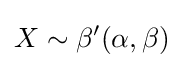
X\sim \beta '(\alpha ,\beta )